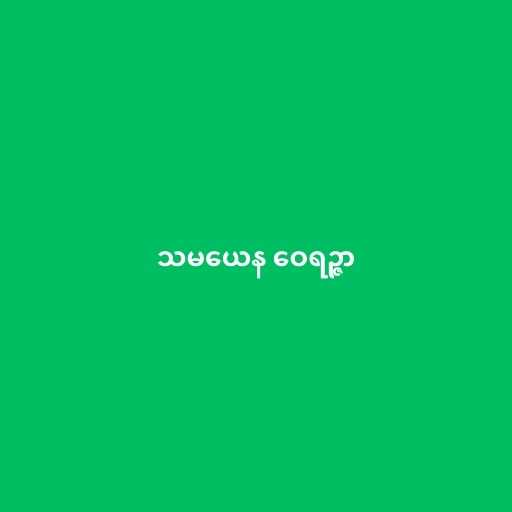
သမယေန ဝေရဉ္ဇာ